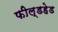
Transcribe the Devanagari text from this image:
फील्डहेड